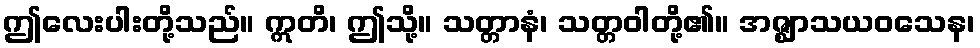
ဤလေးပါးတို့သည်။ ဣတိ၊ ဤသို့။ သတ္တာနံ၊ သတ္တဝါတို့၏။ အဇ္ဈာသယဝသေန၊